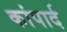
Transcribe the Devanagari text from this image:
कांपार्द